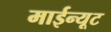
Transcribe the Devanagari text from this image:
माईन्यूट